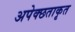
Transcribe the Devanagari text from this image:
अपेक्छताकृत